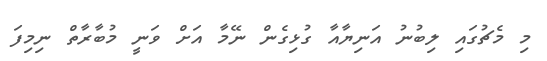
މި މެޗުގައި ލިބުނު އަނިޔާއާ ގުޅިގެން ނޭމާ އަށް ވަނީ މުބާރާތް ނިމިފަ